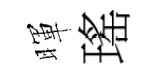
暉瑤